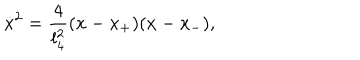
\dot { x } ^ { 2 } = \frac { 4 } { l _ { 4 } ^ { 2 } } ( x - x _ { + } ) ( x - x _ { - } ) ,